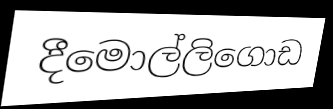
දීමොල්ලිගොඩ